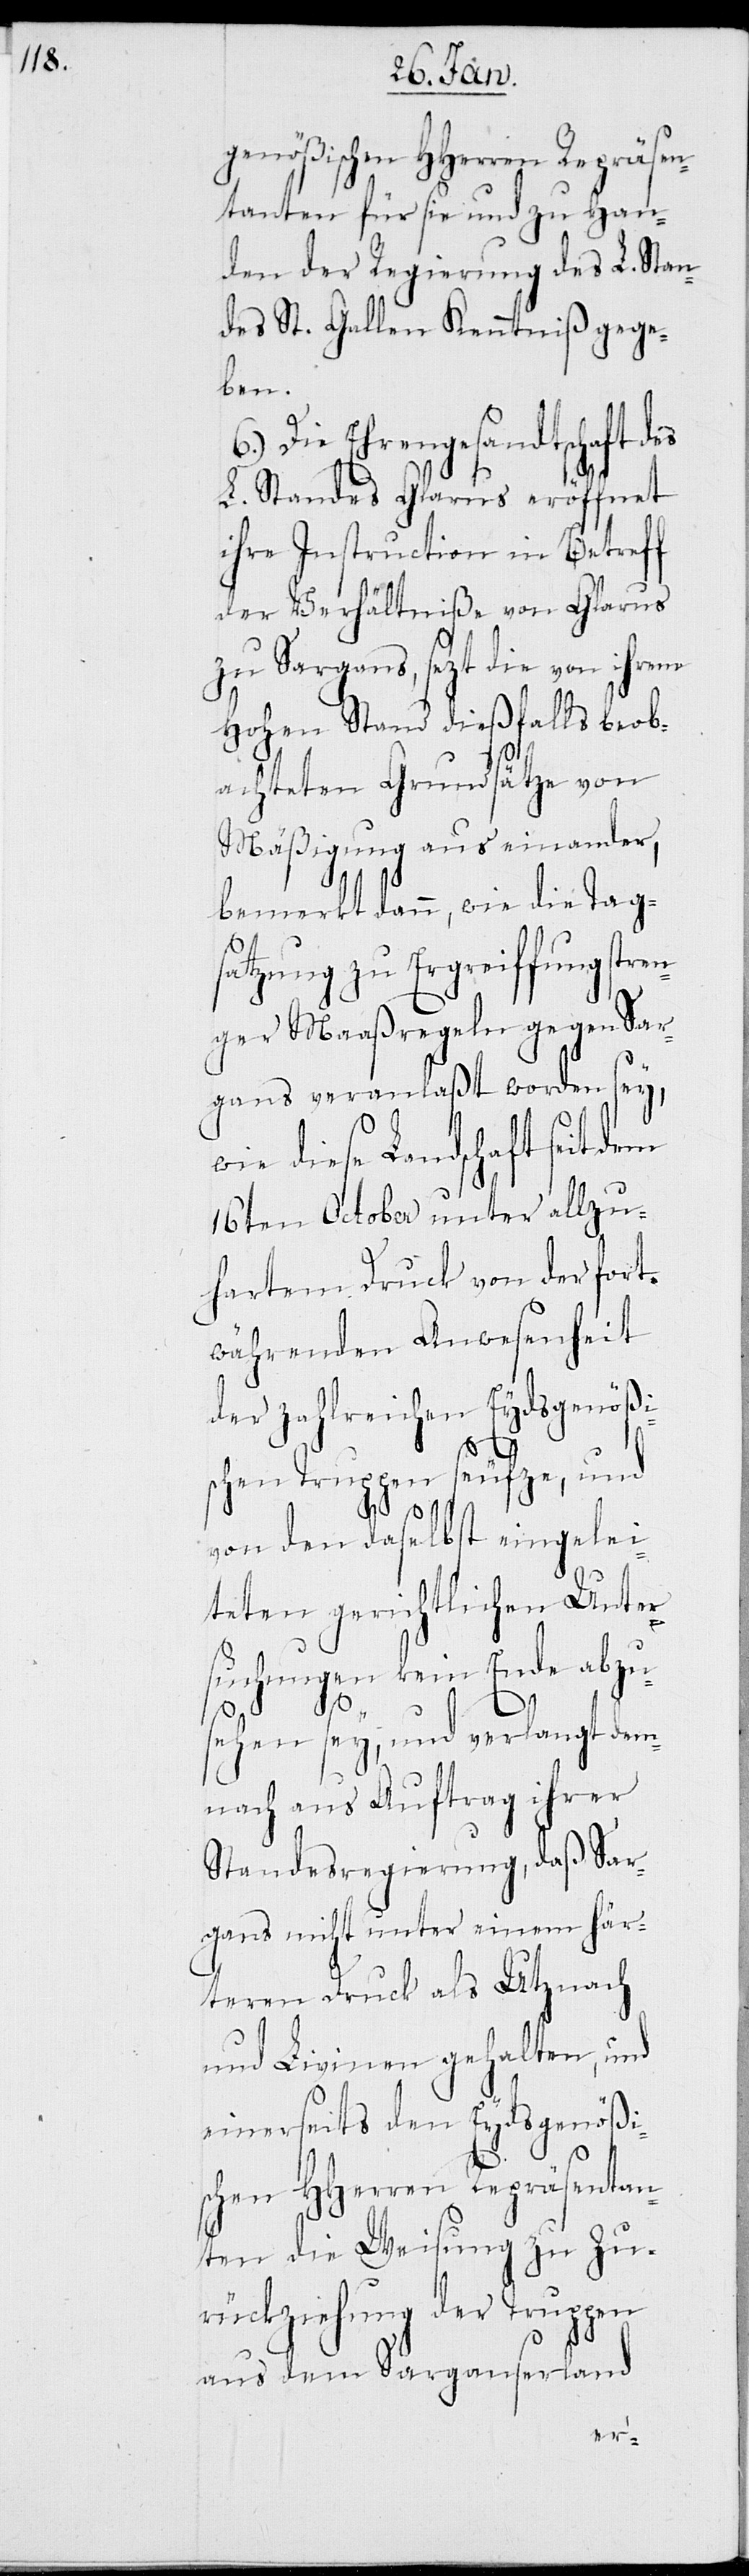
genößischen HHerren Repräsen¬
tanten für sie und zu Han¬
den der Regierung des L. Stan¬
des St. Gallen Kenntniß gege¬
ben.
Die Ehrengesandtschaft d¬
L. Standes Glarus eröffnet
ihre Instruction in Betreff
der Verhältniße von Glarus
zu Sargans, sezt die von ihrem
Hohen Stand dießfalls beob¬
achteten Grundsätze von
Mäßigung aus einander,
bemerkt dann, wie die Tag¬
satzung zu Ergreiffung stre¬
nger Maaßregeln gegen Sar¬
gans veranlaßt worden sey,
wie diese Landschaft seit
16ten Oktober unter allzu
hartem Druck von der fort¬
währenden Anwesenheit
der zahlreichen Eydsgenößi¬
es
schen Truppen seufze, und
von den daselbst eingelei¬
teten gerichtlichen Unter¬
suchungen kein Ende abzu¬
sehen sey, und verlangt dem¬
nach aus Auftrag ihrer
Standesregierung, daß Sar¬
gans nicht unter einem här¬
teren Druck als Utznach
und Livinen gehalten, und
einerseits den Eydsgenößis¬
chen HHerren Repräsentan¬
ten die Weisung zu Zu¬
rückziehung der Truppen
aus dem Sarganserland